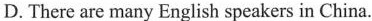
D. There are many English speakers in China.